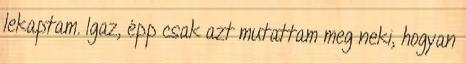
lekaptam. Igaz, épp csak azt mutattam meg neki, hogyan